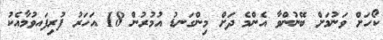
ކޯހަށް ވަނުމަށް ބޭނުންވާ އެންމެ ދަށް މިންގަނޑު އުމުރުން 18 އަހަރު ފުރިފައވުމާއެކު